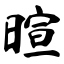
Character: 暄